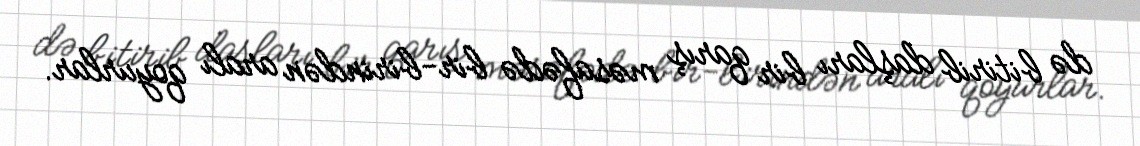
də bitirib daşları bir qarış məsafədə bir-birindən aralı qoyurlar.